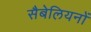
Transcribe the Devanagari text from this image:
सैबेलियनों